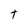
Character: t